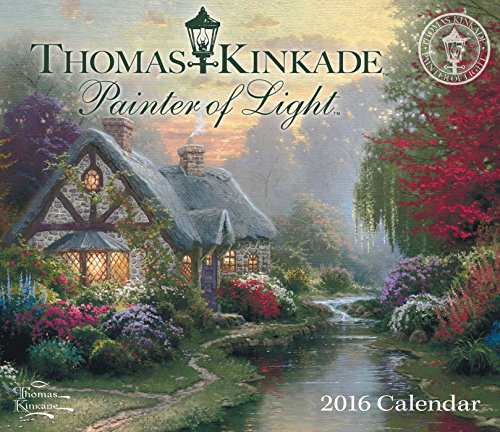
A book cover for Thomas Kinkade Painter of Light 2016 Day-to-Day Calendar; Thomas Kinkade; Calendars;